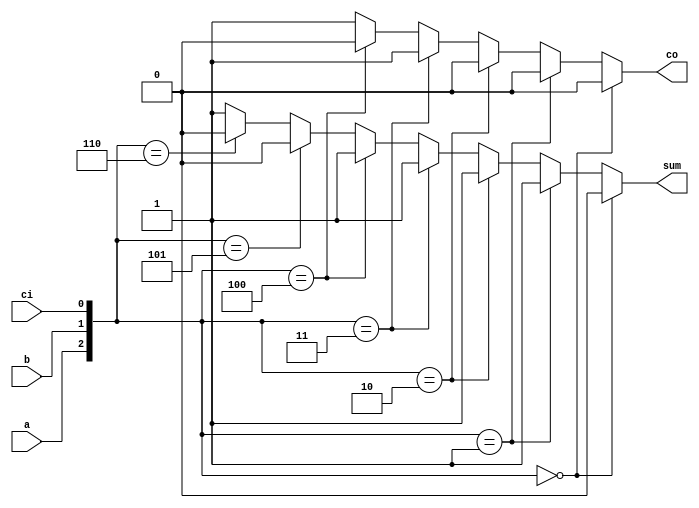
module adder_one_if (a, b, ci, co, sum);
input a, b, ci;
output co, sum;
reg co, sum;


always @ ( a or b or ci ) begin
  if ({a, b, ci} == 0) begin
    {co, sum} = 2'b00;
  end else if ({a, b, ci} == 1) begin
    {co, sum} = 2'b01;
  end else if ({a, b, ci} == 2) begin
    {co, sum} = 2'b01;
  end else if ({a, b, ci} == 3) begin
    {co, sum} = 2'b11;
  end else if ({a, b, ci} == 4) begin
    {co, sum} = 2'b01;
  end else if ({a, b, ci} == 5) begin
    {co, sum} = 2'b10;
  end else if ({a, b, ci} == 6) begin
    {co, sum} = 2'b10;
  end else begin
    {co, sum} = 2'b11;
  end

end

endmodule // adder_one_if